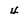
Character: 4